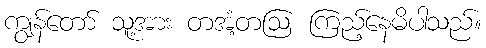
ကျွန်တော် သူ့အား တအံ့တဩ ကြည့်နေမိပါသည်။